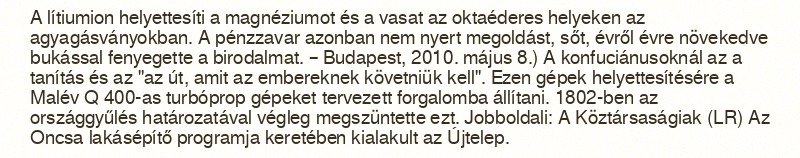
A lítiumion helyettesíti a magnéziumot és a vasat az oktaéderes helyeken az agyagásványokban. A pénzzavar azonban nem nyert megoldást, sőt, évről évre növekedve bukással fenyegette a birodalmat. – Budapest, 2010. május 8.) A konfuciánusoknál az a tanítás és az "az út, amit az embereknek követniük kell". Ezen gépek helyettesítésére a Malév Q 400-as turbóprop gépeket tervezett forgalomba állítani. 1802-ben az országgyűlés határozatával végleg megszüntette ezt. Jobboldali: A Köztársaságiak (LR) Az Oncsa lakásépítő programja keretében kialakult az Újtelep.